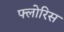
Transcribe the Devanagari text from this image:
फ्लोरिस